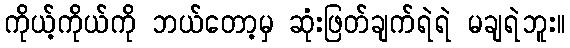
ကိုယ့်ကိုယ်ကို ဘယ်တော့မှ ဆုံးဖြတ်ချက်ရဲရဲ မချရဲဘူး။